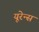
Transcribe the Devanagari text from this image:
यूरेन्स